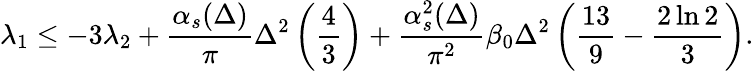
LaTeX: \lambda_{1}\leq-3\lambda_{2}+{\frac{\alpha_{s}(\Delta)}{\pi}}\Delta^{2}\left({\frac{4}{3}}\right)+{\frac{\alpha_{s}^{2}(\Delta)}{\pi^{2}}}\beta_{0}\Delta^{2}\left({\frac{13}{9}}-{\frac{2\ln 2}{3}}\right).